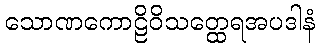
သောဏကောဠိဝိသတ္ထေရအပဒါနံ